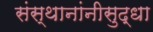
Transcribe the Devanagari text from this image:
संस्थानांनीसुद्धा